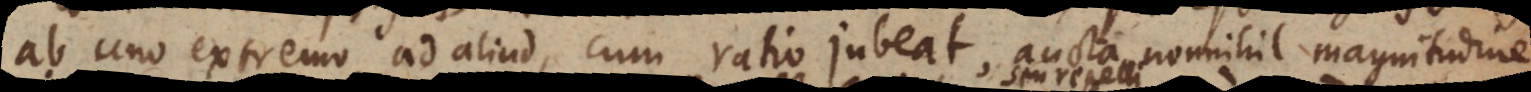
ab uno extremo ad aliud, cum ratio jubeat, aucta nonnihil magnitudine